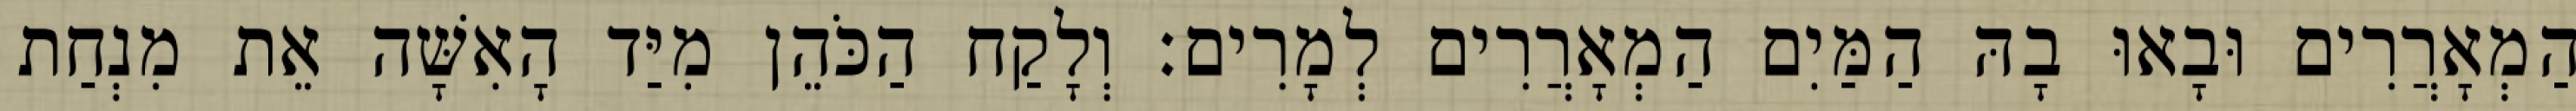
הַמְאָרֲרִים וּבָאוּ בָהּ הַמַּיִם הַמְאָרֲרִים לְמָרִים׃ וְלָקַח הַכֹּהֵן מִיַּד הָאִשָּׁה אֵת מִנְחַת